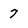
Character: 7